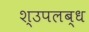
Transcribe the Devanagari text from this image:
श्उपलब्ध